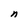
Character: n